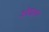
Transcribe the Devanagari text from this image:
ओठांचा